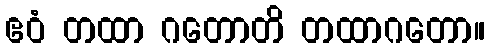
ဧဝံ တထာ ဂတောတိ တထာဂတော။